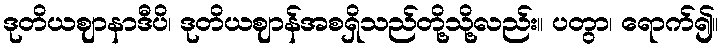
ဒုတိယဈာနာဒီပိ၊ ဒုတိယဈာန်အစရှိသည်တို့သို့လည်း။ ပတွာ၊ ရောက်၍။